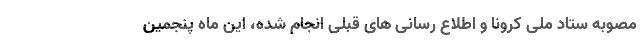
مصوبه ستاد ملی کرونا و اطلاع رسانی های قبلی انجام شده، این ماه پنجمین